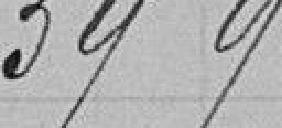
39900